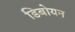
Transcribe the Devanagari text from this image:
डिबोयन